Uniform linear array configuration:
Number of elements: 24
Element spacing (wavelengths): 0.25
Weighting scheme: exponential
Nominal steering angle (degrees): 15
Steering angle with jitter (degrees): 15.143
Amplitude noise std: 0.05
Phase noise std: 0.05

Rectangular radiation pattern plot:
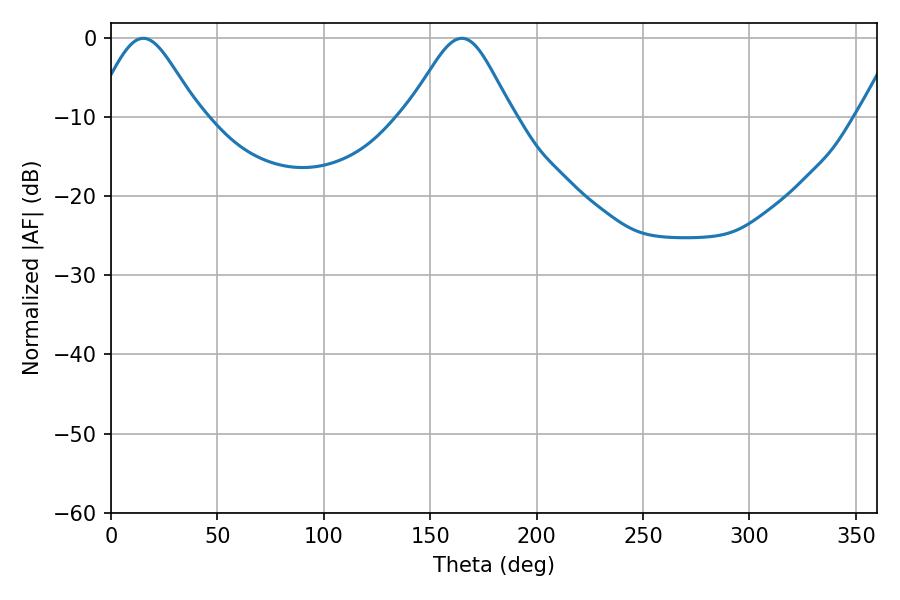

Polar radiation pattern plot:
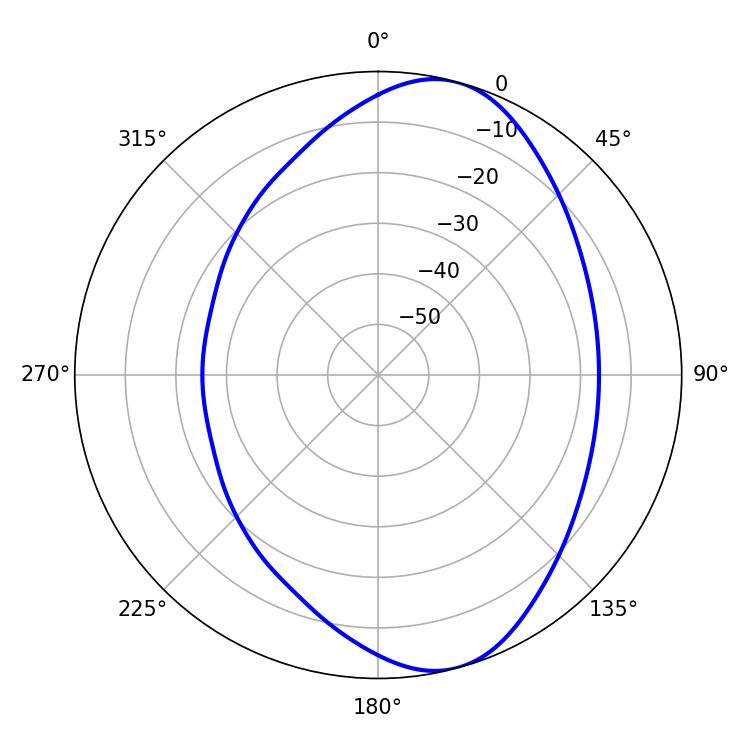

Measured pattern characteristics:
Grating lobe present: FALSE
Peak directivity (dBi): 8.258
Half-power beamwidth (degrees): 24.3
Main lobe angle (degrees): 15.12